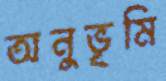
অনুভূমি